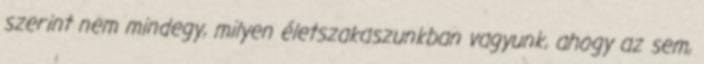
szerint nem mindegy, milyen életszakaszunkban vagyunk, ahogy az sem,